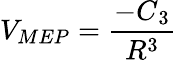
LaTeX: V_{MEP}=\frac{-C{_3}}{R^{3}}